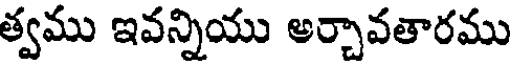
త్వము ఇవన్నియు అర్చావతారము